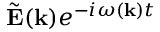
\tilde { \bf E } ( { \bf k } ) e ^ { - i \omega ( { \bf k } ) t }